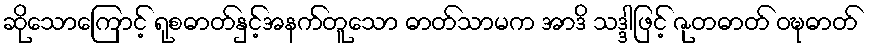
ဆိုသောကြောင့် ရုစဓာတ်နှင့်အနက်တူသော ဓာတ်သာမက အာဒိ သဒ္ဒါဖြင့် ဇုတဓာတ် ဝဍ္ဎဓာတ်